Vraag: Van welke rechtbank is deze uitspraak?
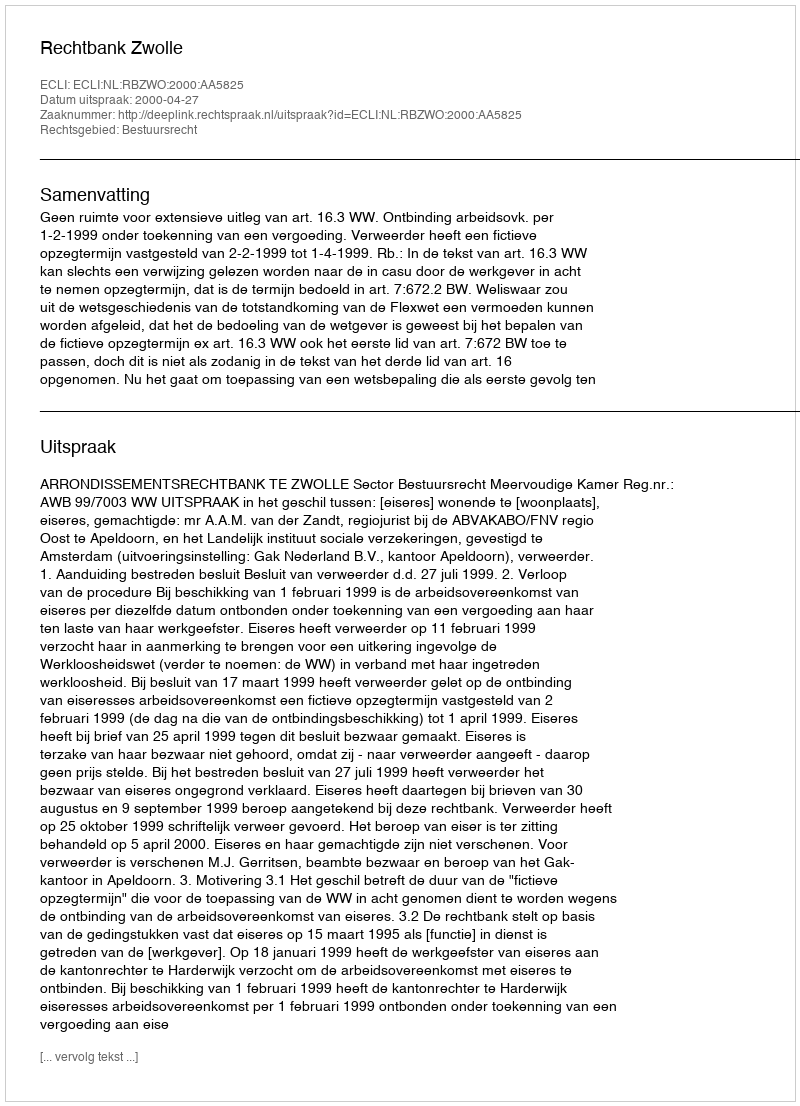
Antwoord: Rechtbank Zwolle